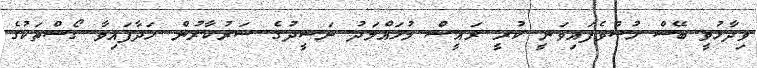
ވިދާޅުވީ ބޭސް ހުސްވެފައިވަނީ ކުރީ ރައީސް މުހައްމަދު ނަޝީދުގެ ސަރުކާރުން ހަދާފައިވާ ގޯސްތަކުގެ